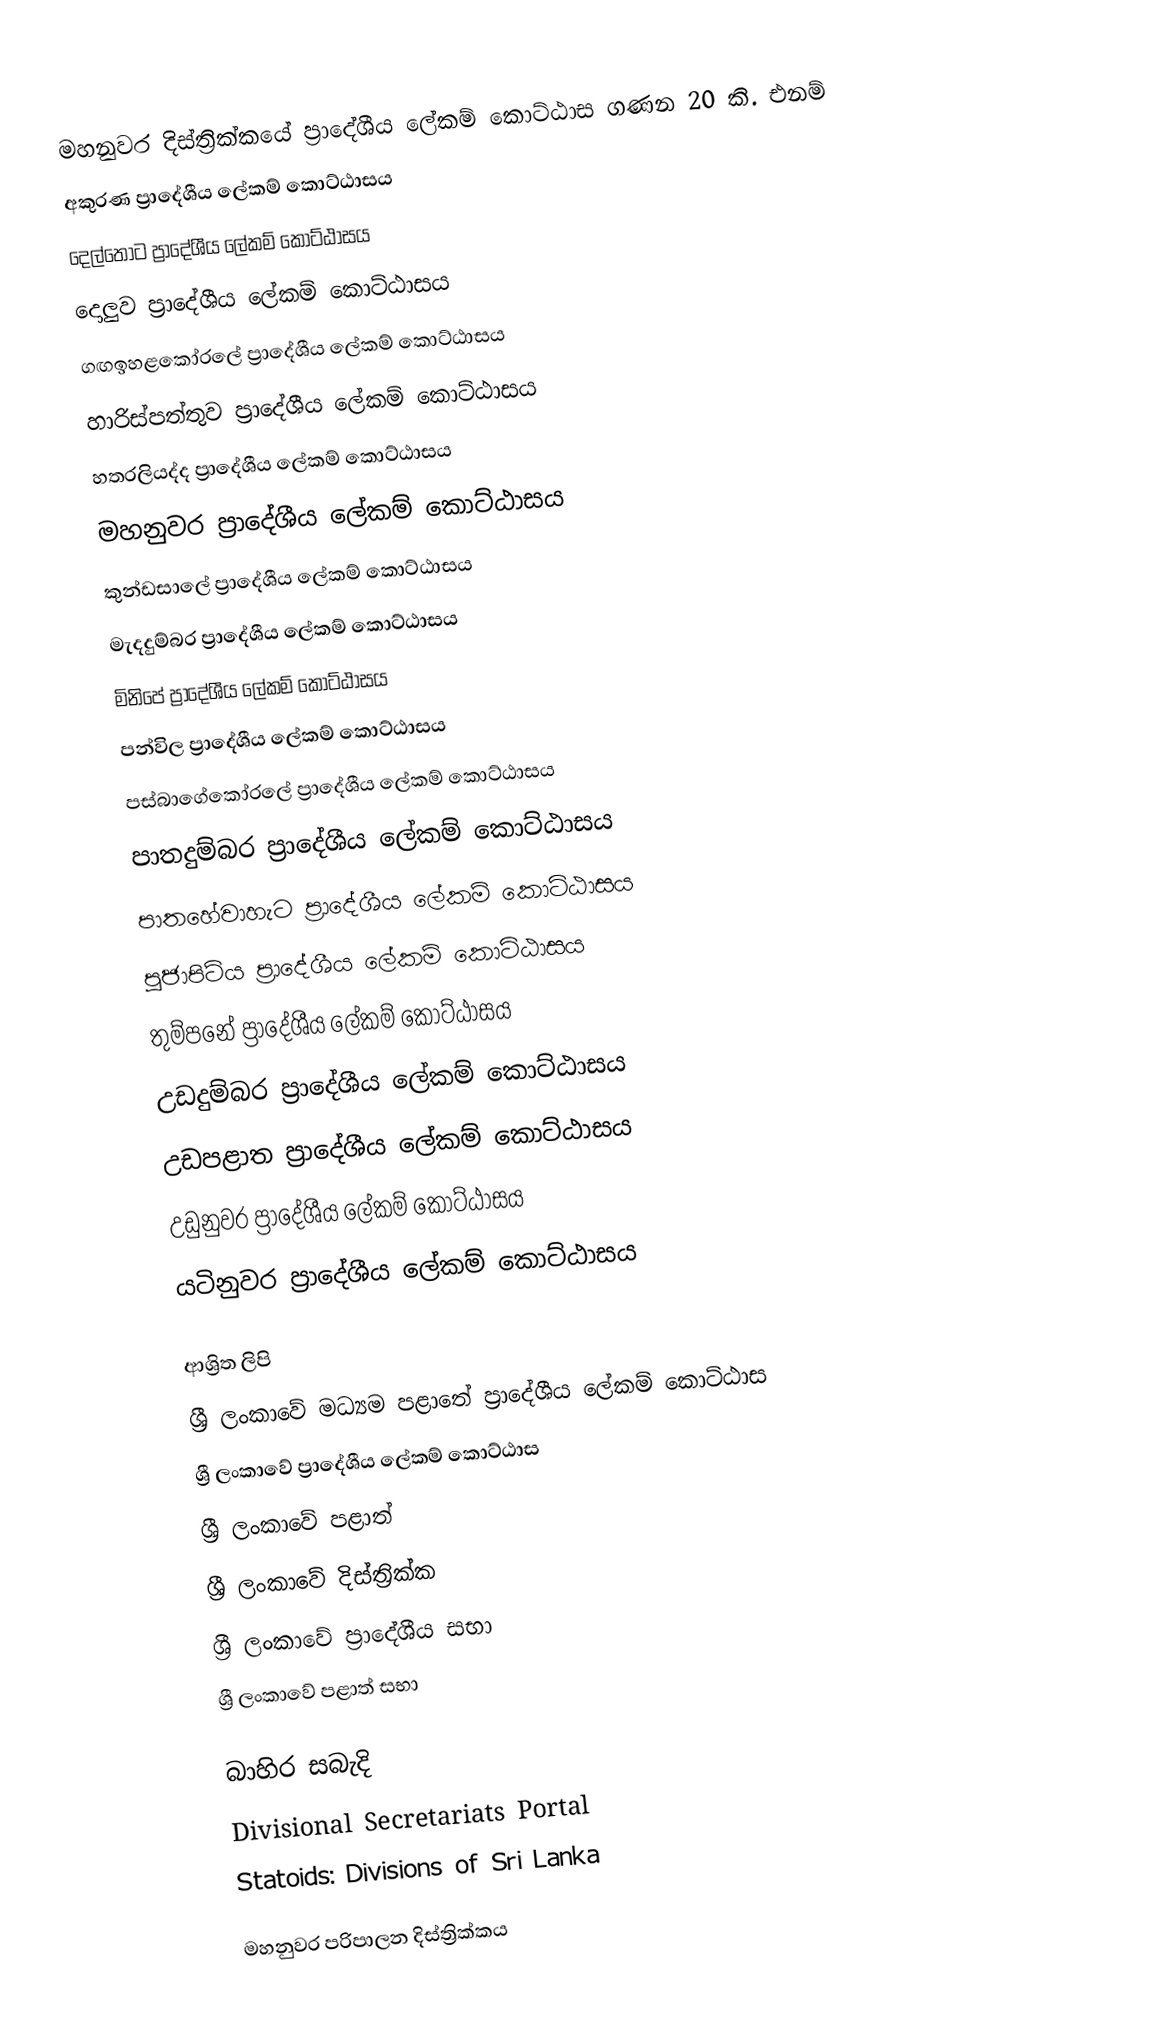
මහනුවර දිස්ත්‍රික්කයේ ප්‍රාදේශීය ලේකම් කොට්ඨාස ගණන 20 කි. එනම්
 අකුරණ ප්‍රාදේශීය ලේකම් කොට්ඨාසය
 දෙල්තොට ප්‍රාදේශීය ලේකම් කොට්ඨාසය
 දොලුව ප්‍රාදේශීය ලේකම් කොට්ඨාසය
 ගඟඉහළකෝරලේ ප්‍රාදේශීය ලේකම් කොට්ඨාසය
 හාරිස්පත්තුව ප්‍රාදේශීය ලේකම් කොට්ඨාසය
 හතරලියද්ද ප්‍රාදේශීය ලේකම් කොට්ඨාසය
 මහනුවර ප්‍රාදේශීය ලේකම් කොට්ඨාසය
 කුන්ඩසාලේ ප්‍රාදේශීය ලේකම් කොට්ඨාසය
 මැදදුම්බර ප්‍රාදේශීය ලේකම් කොට්ඨාසය
 මිනිපේ ප්‍රාදේශීය ලේකම් කොට්ඨාසය
 පන්විල ප්‍රාදේශීය ලේකම් කොට්ඨාසය
 පස්බාගේකෝරලේ ප්‍රාදේශීය ලේකම් කොට්ඨාසය
 පාතදුම්බර ප්‍රාදේශීය ලේකම් කොට්ඨාසය
 පාතහේවාහැට ප්‍රාදේශීය ලේකම් කොට්ඨාසය
 පූජාපිටිය ප්‍රාදේශීය ලේකම් කොට්ඨාසය
 තුම්පනේ ප්‍රාදේශීය ලේකම් කොට්ඨාසය
 උඩදුම්බර ප්‍රාදේශීය ලේකම් කොට්ඨාසය
 උඩපළාත ප්‍රාදේශීය ලේකම් කොට්ඨාසය
 උඩුනුවර ප්‍රාදේශීය ලේකම් කොට්ඨාසය
 යටිනුවර ප්‍රාදේශීය ලේකම් කොට්ඨාසය

ආශ්‍රිත ලිපි
 ශ්‍රී ලංකාවේ මධ්‍යම පළාතේ ප්‍රාදේශීය ලේකම් කොට්ඨාස
 ශ්‍රී ලංකාවේ ප්‍රාදේශීය ලේකම් කොට්ඨාස
 ශ්‍රී ලංකාවේ පළාත්
 ශ්‍රී ලංකාවේ දිස්ත්‍රික්ක
 ශ්‍රී ලංකාවේ ප්‍රාදේශීය සභා
 ශ්‍රී ලංකාවේ පළාත් සභා

බාහිර සබැදි
 Divisional Secretariats Portal
 Statoids: Divisions of Sri Lanka

මහනුවර පරිපාලන දිස්ත්‍රික්කය